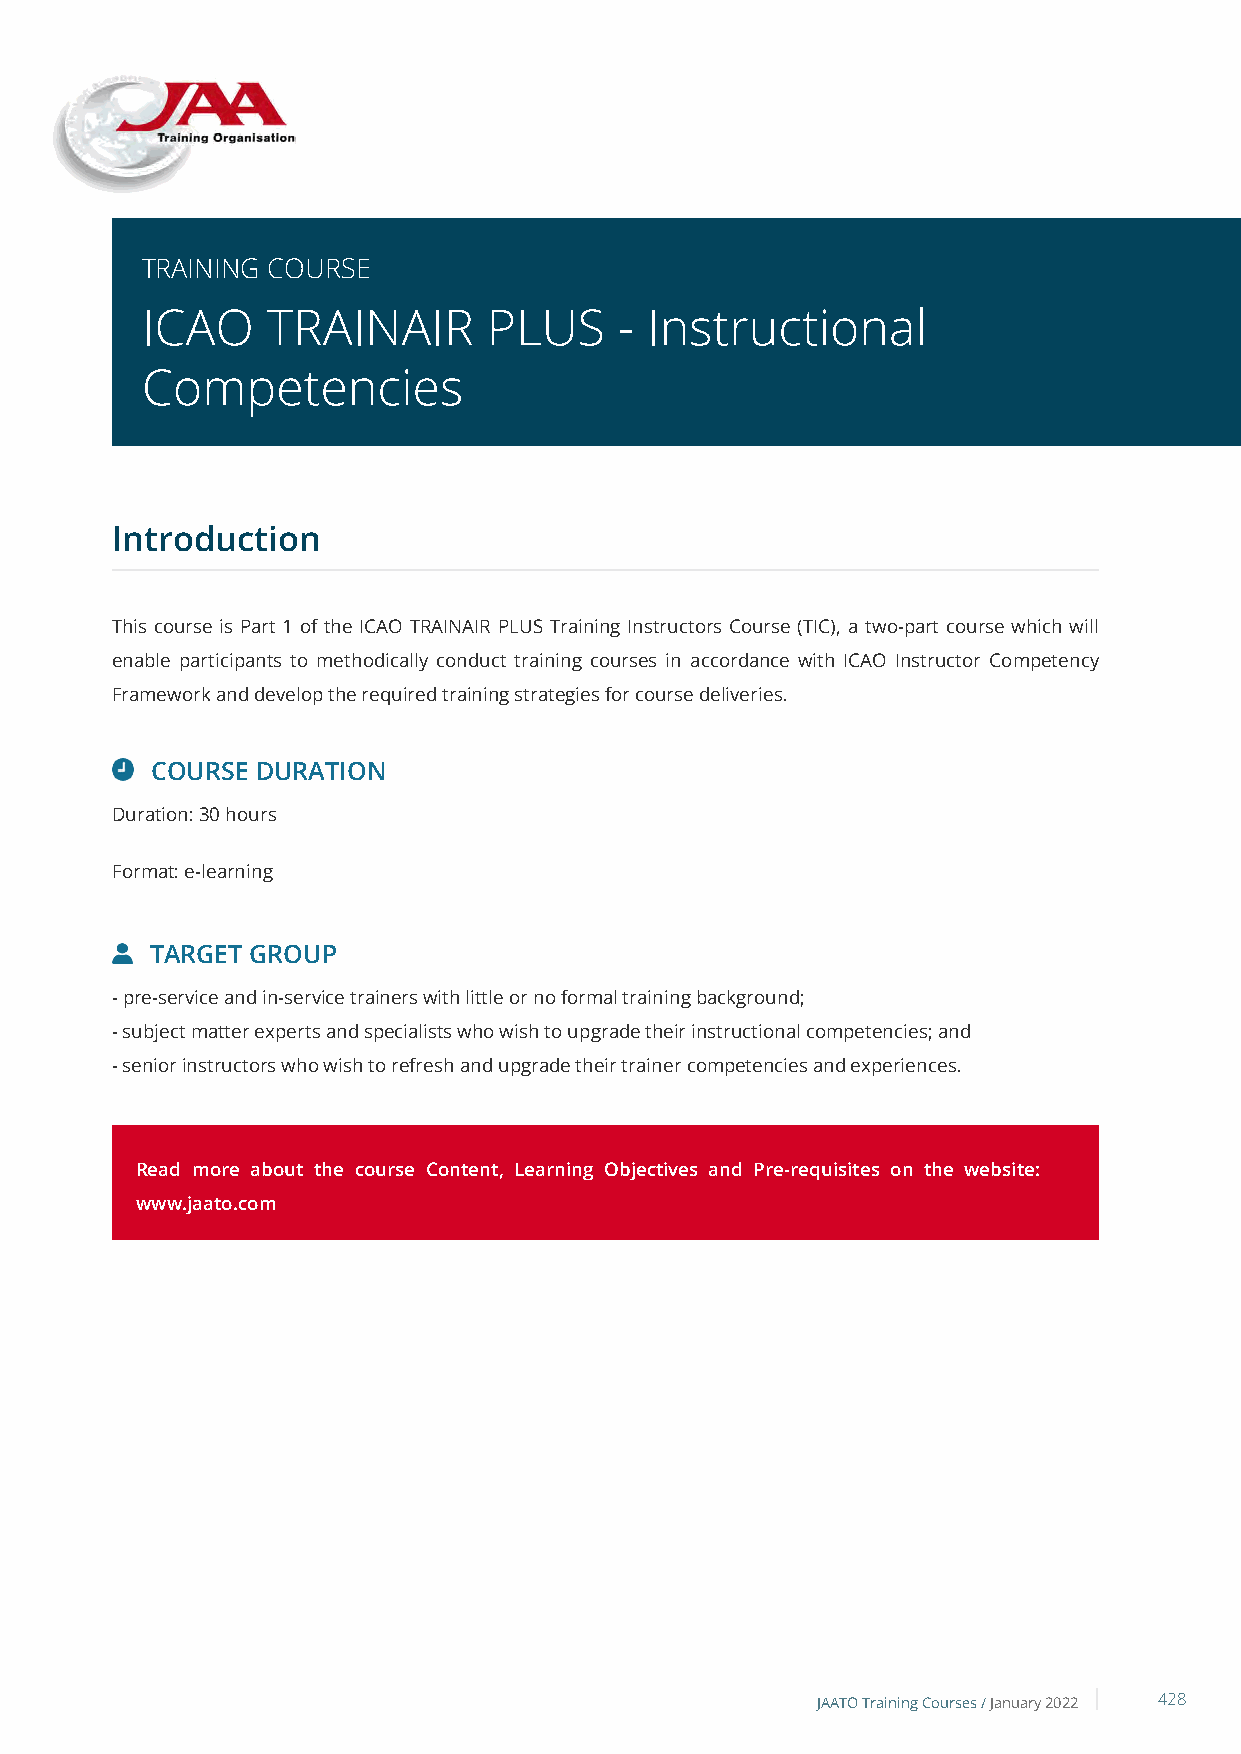
TRAINING COURSE
 ICAO     TRAINAIR      PLUS     - Instructional
 Competencies
 Introduction
 This course is Part 1 of the ICAO TRAINAIR PLUS Training Instructors Course (TIC), a two-part course which will
 enable participants to methodically conduct training courses in accordance with ICAO Instructor Competency
 Framework and develop the required training strategies for course deliveries.
 COURSE DURATION
 Duration: 30 hours
 Format: e-learning
 TARGET GROUP
 - pre-service and in-service trainers with little or no formal training background;
 - subject matter experts and specialists who wish to upgrade their instructional competencies; and
 - senior instructors who wish to refresh and upgrade their trainer competencies and experiences.
 Read more about the course Content, Learning Objectives and Pre-requisites on the website:
 www.jaato.com
 JAATO Training Courses /January 2022 428